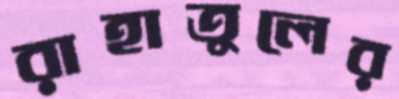
রাহাতুলের